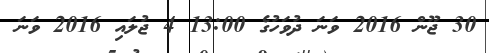
30 ޖޫން 2016 ވަނަ ދުވަހުގެ 13:00 4 ޖުލައި 2016 ވަނަ